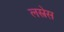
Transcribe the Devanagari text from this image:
लस्त्रेस